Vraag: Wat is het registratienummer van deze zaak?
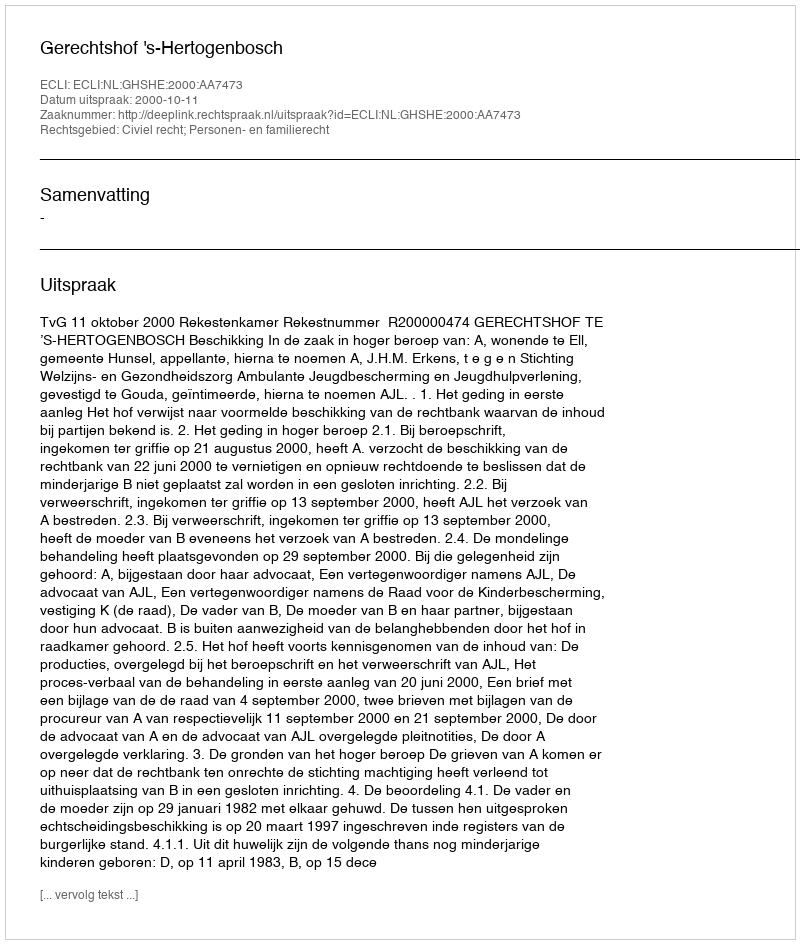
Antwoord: http://deeplink.rechtspraak.nl/uitspraak?id=ECLI:NL:GHSHE:2000:AA7473